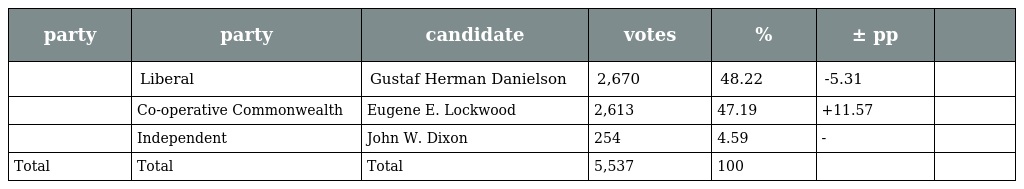
| party | party | candidate | votes | % | ± pp |  |
 | --- | --- | --- | --- | --- | --- | --- |
 |  | Liberal | Gustaf Herman Danielson | 2,670 | 48.22 | -5.31 |  |
 |  | Co-operative Commonwealth | Eugene E. Lockwood | 2,613 | 47.19 | +11.57 |  |
 |  | Independent | John W. Dixon | 254 | 4.59 | - |  |
 | Total | Total | Total | 5,537 | 100 |  |  |